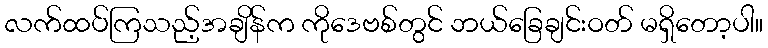
လက်ထပ်ကြသည့်အချိန်က ကိုဒေဗစ်တွင် ဘယ်ခြေချင်းဝတ် မရှိတော့ပါ။